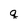
Character: q